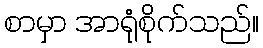
စာမှာ အာရုံစိုက်သည်။